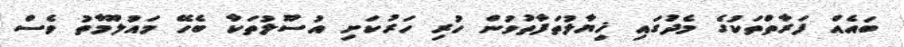
ބައެއް ފަރާތްތަކުގެ މެދުގައި ޚިޔާލުތަފާތުވުން ހުރި ހަރުކަށި އުސޫލުތަކާ ބެހޭ މައުލޫމާތު ވެސް